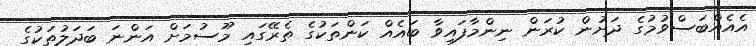
އެއެއްބަސްވުމުގެ ދަށުން ކުރަން ނިންމާފައިވާ ބައެއް ކަންތަކުގެ ތެރޭގައި މޫސުމަށް އަންނަ ބަދަލުތަކުގެ